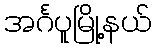
အင်္ဂပူမြို့နယ်